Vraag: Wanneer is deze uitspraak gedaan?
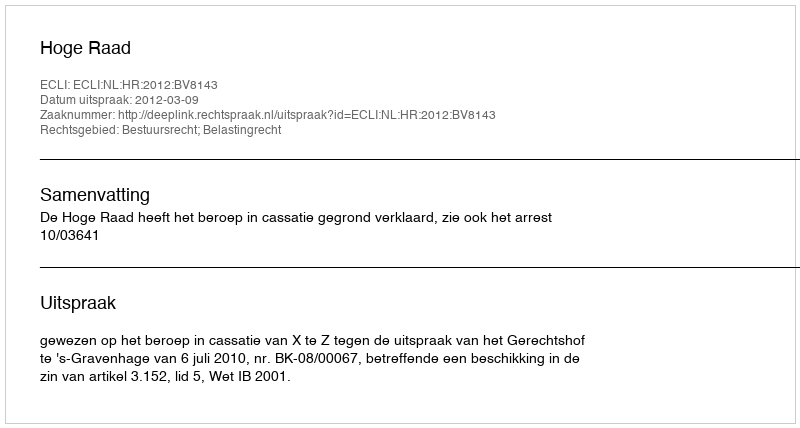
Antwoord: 2012-03-09